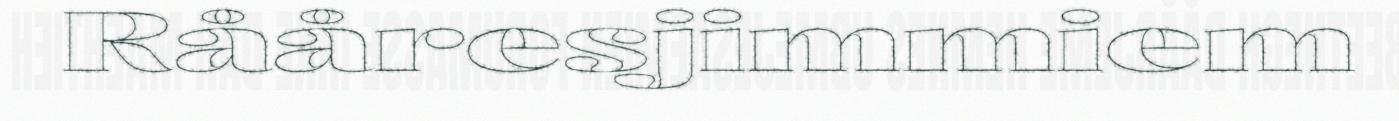
Rååresjimmiem